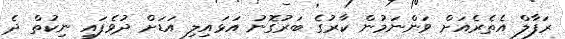
ރަފާލް އެތެރެއަށް ވަންނަމުން ކާރުގެ ބަރުގޮނު އަޅައިލި އަޑަށް ދުވެފައި ނިކުތް ދެ